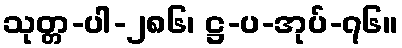
သုတ္တ-ပါ-၂၈၆၊ ဋ္ဌ-ပ-အုပ်-၇၆။